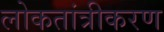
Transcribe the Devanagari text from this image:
लोकतांत्रीकरण